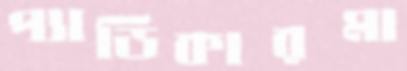
প্যাডিকারমা